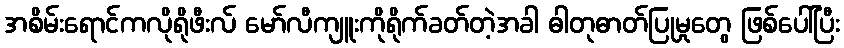
အစိမ်းရောင်ကလိုရိုဖီးလ် မော်လီကျူးကိုရိုက်ခတ်တဲ့အခါ ဓါတုဓာတ်ပြုမှုတွေ ဖြစ်ပေါ်ပြီး